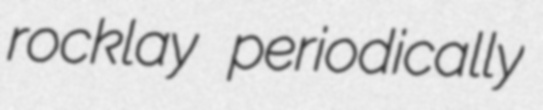
rocklay periodically